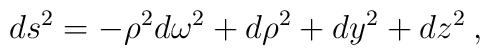
ds^2 = -\rho^2 d\omega^2 + d\rho^2 + dy^2 + dz^2 \>,